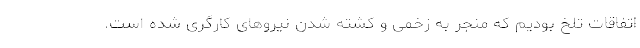
اتفاقات تلخ بودیم که منجر به زخمی و کشته شدن نیروهای کارگری شده است.